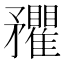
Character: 𥎡